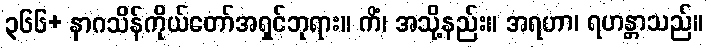
၃၆၆+ နာဂသိန်ကိုယ်တော်အရှင်ဘုရား။ ကိံ၊ အသို့နည်း။ အရဟာ၊ ရဟန္တာသည်။